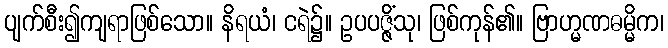
ပျက်စီး၍ကျရာဖြစ်သော။ နိရယံ၊ ငရဲ၌။ ဥပပဇ္ဇိံသု၊ ဖြစ်ကုန်၏။ ဗြာဟ္မဏဓမ္မိက၊